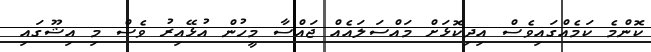
ކޮންމެ ކަމެއްގައިވެސް އިދިކޮޅަށް މައްސަލައެއް ޖައްސާ މީހުން އުޅޭއިރު ވެސް މި އިޝޫގައި